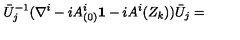
\bar { U } _ { j } ^ { - 1 } ( \nabla ^ { i } - i A _ { ( 0 ) } ^ { i } { \bf 1 } - i A ^ { i } ( Z _ { k } ) ) \bar { U } _ { j } =